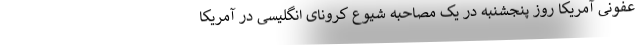
عفونی آمریکا روز پنجشنبه در یک مصاحبه شیوع کرونای انگلیسی در آمریکا